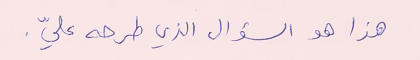
هذا هو السؤال الذي طرحه عليّ.